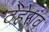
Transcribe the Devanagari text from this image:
ठेहेराव